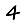
Digit: 4